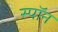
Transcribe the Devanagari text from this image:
स्पॉन